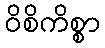
ဝိစိကိစ္စာ